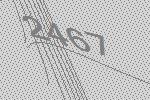
2467